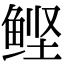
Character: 鲣